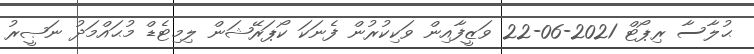
ޙުލާސާ ރިޕޯޓް 2021-06-22 ވަޒީފާއިން ވަކިކުރުން ފެނަކަ ކޯޕަރޭޝަން ލިމިޓެޑް މުޙައްމަދު ނަޞީރު